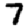
Digit: 7